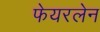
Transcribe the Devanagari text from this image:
फेयरलेन